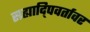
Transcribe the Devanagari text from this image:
सह्यादि्पवर्तावर